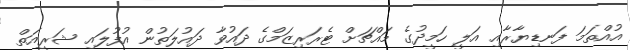
އުއްތަމަ ފަނޑިޔާރާއި އަލީ ހަމީދުގެ މައްޗަށް ޓެރަރިޒަމްގެ ދައުވާ ދައުލަތުން އުފުލައި ޝަރީއަތް